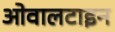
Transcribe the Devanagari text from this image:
ओवालटाइन